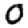
Digit: 0